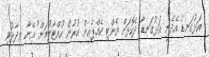
އަޅުގަނޑު އެދެނީ އަޅުގަނޑާ ދެކޮޅަށް އެންޓި ކެމްޕެއިން ކުރުން ހުއްޓާލުމަށް" އޭނާ ވިދާޅުވި